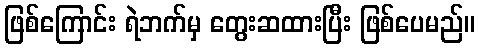
ဖြစ်ကြောင်း ရဲဘက်မှ တွေးဆထားပြီး ဖြစ်ပေမည်။